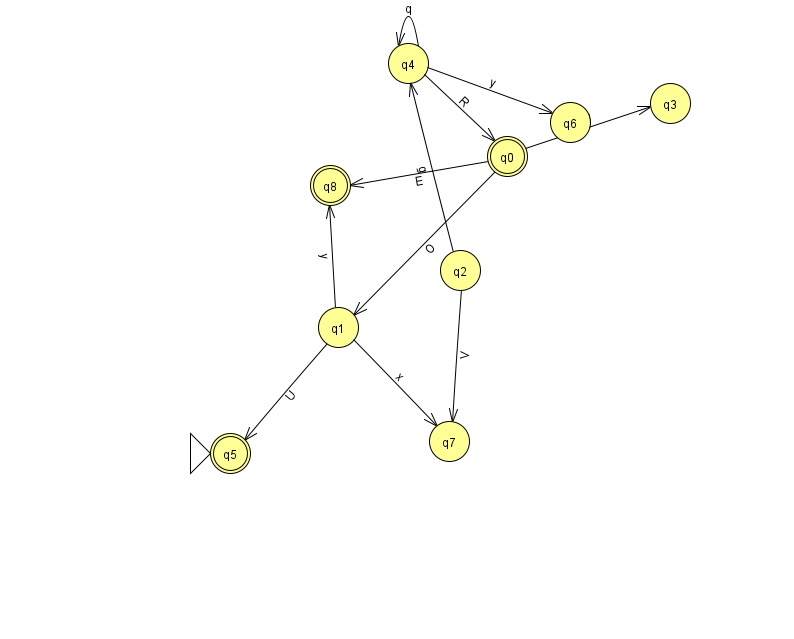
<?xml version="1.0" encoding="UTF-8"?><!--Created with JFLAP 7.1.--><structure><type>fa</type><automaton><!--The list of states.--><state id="0" name="q0"><x>507.0</x><y>143.0</y><final/></state><state id="1" name="q1"><x>338.0</x><y>314.0</y></state><state id="2" name="q2"><x>460.0</x><y>257.0</y></state><state id="3" name="q3"><x>670.0</x><y>90.0</y></state><state id="4" name="q4"><x>408.0</x><y>50.0</y></state><state id="5" name="q5"><x>230.0</x><y>440.0</y><initial/><final/></state><state id="6" name="q6"><x>570.0</x><y>109.0</y></state><state id="7" name="q7"><x>449.0</x><y>428.0</y></state><state id="8" name="q8"><x>330.0</x><y>172.0</y><final/></state><!--The list of transitions.--><transition><from>0</from><to>8</to><read>E</read></transition><transition><from>4</from><to>4</to><read>q</read></transition><transition><from>1</from><to>7</to><read>x</read></transition><transition><from>4</from><to>6</to><read>y</read></transition><transition><from>1</from><to>8</to><read>y</read></transition><transition><from>2</from><to>4</to><read>g</read></transition><transition><from>0</from><to>1</to><read>O</read></transition><transition><from>4</from><to>0</to><read>R</read></transition><transition><from>1</from><to>5</to><read>U</read></transition><transition><from>0</from><to>3</to><read>W</read></transition><transition><from>2</from><to>7</to><read>V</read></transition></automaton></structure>